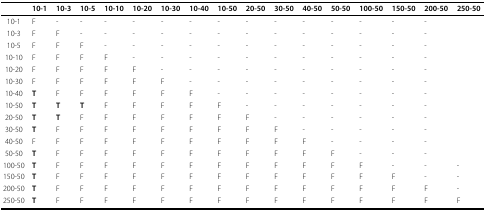
<table><thead><tr><td></td><td><b>10-1</b></td><td><b>10-3</b></td><td><b>10-5</b></td><td><b>10-10</b></td><td><b>10-20</b></td><td><b>10-30</b></td><td><b>10-40</b></td><td><b>10-50</b></td><td><b>20-50</b></td><td><b>30-50</b></td><td><b>40-50</b></td><td><b>50-50</b></td><td><b>100-50</b></td><td><b>150-50</b></td><td><b>200-50</b></td><td><b>250-50</b></td></tr></thead><tbody><tr><td>10-1</td><td>F</td><td>-</td><td>-</td><td>-</td><td>-</td><td>-</td><td>-</td><td>-</td><td>-</td><td>-</td><td>-</td><td>-</td><td>-</td><td>-</td><td>-</td><td></td></tr><tr><td>10-3</td><td>F</td><td>F</td><td>-</td><td>-</td><td>-</td><td>-</td><td>-</td><td>-</td><td>-</td><td>-</td><td>-</td><td>-</td><td>-</td><td>-</td><td>-</td><td></td></tr><tr><td>10-5</td><td>F</td><td>F</td><td>F</td><td>-</td><td>-</td><td>-</td><td>-</td><td>-</td><td>-</td><td>-</td><td>-</td><td>-</td><td>-</td><td>-</td><td>-</td><td></td></tr><tr><td>10-10</td><td>F</td><td>F</td><td>F</td><td>F</td><td>-</td><td>-</td><td>-</td><td>-</td><td>-</td><td>-</td><td>-</td><td>-</td><td>-</td><td>-</td><td>-</td><td></td></tr><tr><td>10-20</td><td>F</td><td>F</td><td>F</td><td>F</td><td>F</td><td>-</td><td>-</td><td>-</td><td>-</td><td>-</td><td>-</td><td>-</td><td>-</td><td>-</td><td>-</td><td></td></tr><tr><td>10-30</td><td>F</td><td>F</td><td>F</td><td>F</td><td>F</td><td>F</td><td>-</td><td>-</td><td>-</td><td>-</td><td>-</td><td>-</td><td>-</td><td>-</td><td>-</td><td></td></tr><tr><td>10-40</td><td><b>T</b></td><td>F</td><td>F</td><td>F</td><td>F</td><td>F</td><td>F</td><td>-</td><td>-</td><td>-</td><td>-</td><td>-</td><td>-</td><td>-</td><td>-</td><td></td></tr><tr><td>10-50</td><td><b>T</b></td><td><b>T</b></td><td><b>T</b></td><td>F</td><td>F</td><td>F</td><td>F</td><td>F</td><td>-</td><td>-</td><td>-</td><td>-</td><td>-</td><td>-</td><td>-</td><td></td></tr><tr><td>20-50</td><td><b>T</b></td><td><b>T</b></td><td>F</td><td>F</td><td>F</td><td>F</td><td>F</td><td>F</td><td>F</td><td>-</td><td>-</td><td>-</td><td>-</td><td>-</td><td>-</td><td></td></tr><tr><td>30-50</td><td><b>T</b></td><td>F</td><td>F</td><td>F</td><td>F</td><td>F</td><td>F</td><td>F</td><td>F</td><td>F</td><td>-</td><td>-</td><td>-</td><td>-</td><td>-</td><td></td></tr><tr><td>40-50</td><td>F</td><td>F</td><td>F</td><td>F</td><td>F</td><td>F</td><td>F</td><td>F</td><td>F</td><td>F</td><td>F</td><td>-</td><td>-</td><td>-</td><td>-</td><td></td></tr><tr><td>50-50</td><td><b>T</b></td><td>F</td><td>F</td><td>F</td><td>F</td><td>F</td><td>F</td><td>F</td><td>F</td><td>F</td><td>F</td><td>F</td><td>-</td><td>-</td><td>-</td><td></td></tr><tr><td>100-50</td><td><b>T</b></td><td>F</td><td>F</td><td>F</td><td>F</td><td>F</td><td>F</td><td>F</td><td>F</td><td>F</td><td>F</td><td>F</td><td>F</td><td>-</td><td>-</td><td>-</td></tr><tr><td>150-50</td><td><b>T</b></td><td>F</td><td>F</td><td>F</td><td>F</td><td>F</td><td>F</td><td>F</td><td>F</td><td>F</td><td>F</td><td>F</td><td>F</td><td>F</td><td>-</td><td>-</td></tr><tr><td>200-50</td><td><b>T</b></td><td>F</td><td>F</td><td>F</td><td>F</td><td>F</td><td>F</td><td>F</td><td>F</td><td>F</td><td>F</td><td>F</td><td>F</td><td>F</td><td>F</td><td>-</td></tr><tr><td>250-50</td><td><b>T</b></td><td>F</td><td>F</td><td>F</td><td>F</td><td>F</td><td>F</td><td>F</td><td>F</td><td>F</td><td>F</td><td>F</td><td>F</td><td>F</td><td>F</td><td>F</td></tr></tbody></table>